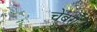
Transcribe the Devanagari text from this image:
चेंबरों